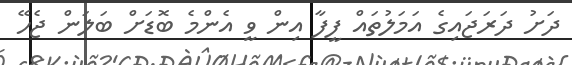
ދަށު ދަރަޖައިގެ އަމަލުތައް ފީފާ އިން ވީ އެންމެ ބޮޑަށް ބަލަން ޖެހޭ